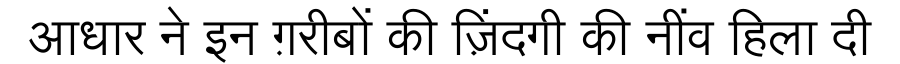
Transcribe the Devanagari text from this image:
आधार ने इन ग़रीबों की ज़िंदगी की नींव हिला दी